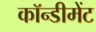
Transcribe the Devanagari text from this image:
कॉन्डीमेंट